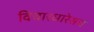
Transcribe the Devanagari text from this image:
विचारधारेसच